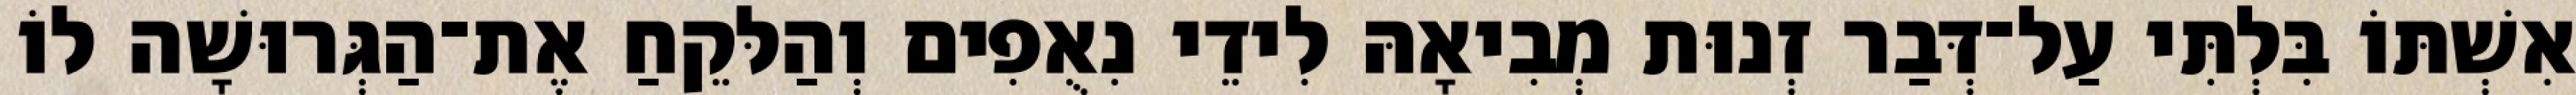
אִשְׁתּוֹ בִּלְתִּי עַל־דְּבַר זְנוּת מְבִיאָהּ לִידֵי נִאֻפִים וְהַלּקֵחַ אֶת־הַגְּרוּשָׁה לוֹ